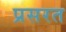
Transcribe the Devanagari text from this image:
प्रसरत